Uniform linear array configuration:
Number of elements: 32
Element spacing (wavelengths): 0.75
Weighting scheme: exponential
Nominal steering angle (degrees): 60
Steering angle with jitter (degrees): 58.873
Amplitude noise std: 0.05
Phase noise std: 0.05

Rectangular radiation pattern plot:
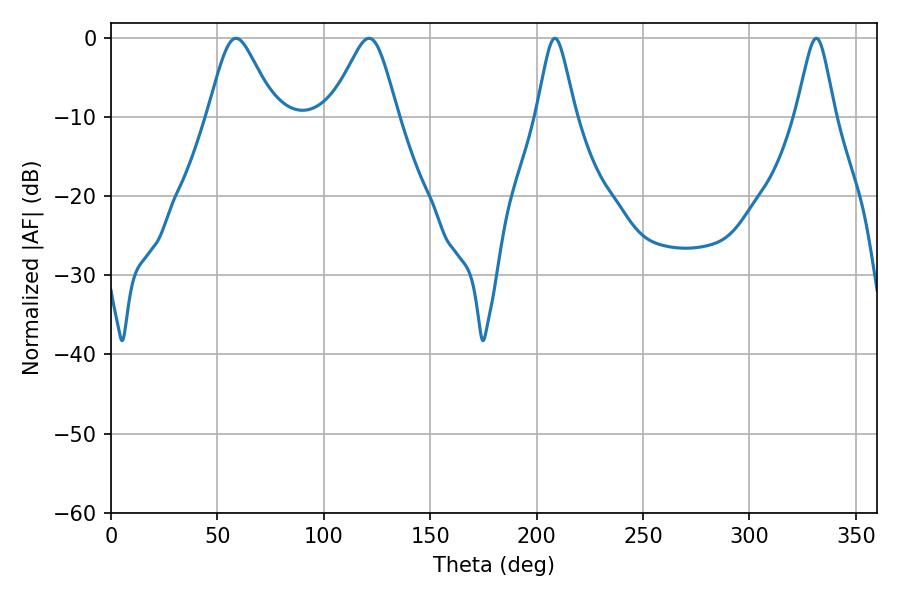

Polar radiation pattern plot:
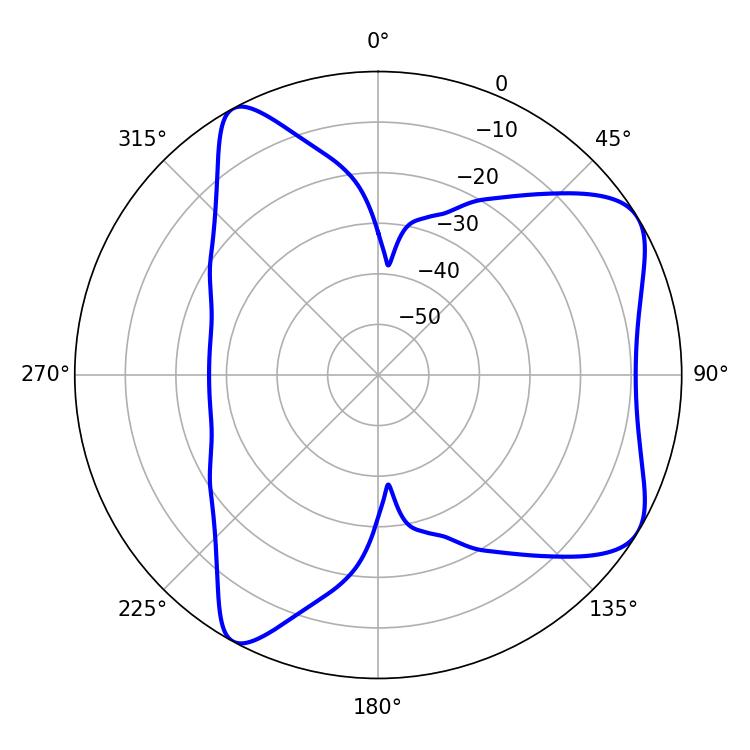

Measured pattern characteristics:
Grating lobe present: TRUE
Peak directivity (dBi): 6.92
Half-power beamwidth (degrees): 8.82
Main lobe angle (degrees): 208.62